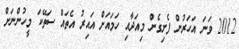
2012 ވަނަ އަހަރުން ފެށިގެން މިއަދާއި ހަަމައަށް އައިރު އެތައް ސަތޭކަ މީހުންނަަށް